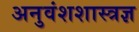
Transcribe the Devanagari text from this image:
अनुवंशशास्त्रज्ञ